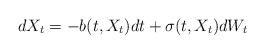
LaTeX: \begin{align*}dX_t=-b(t,X_t)dt + \sigma(t,X_t)dW_t\end{align*}